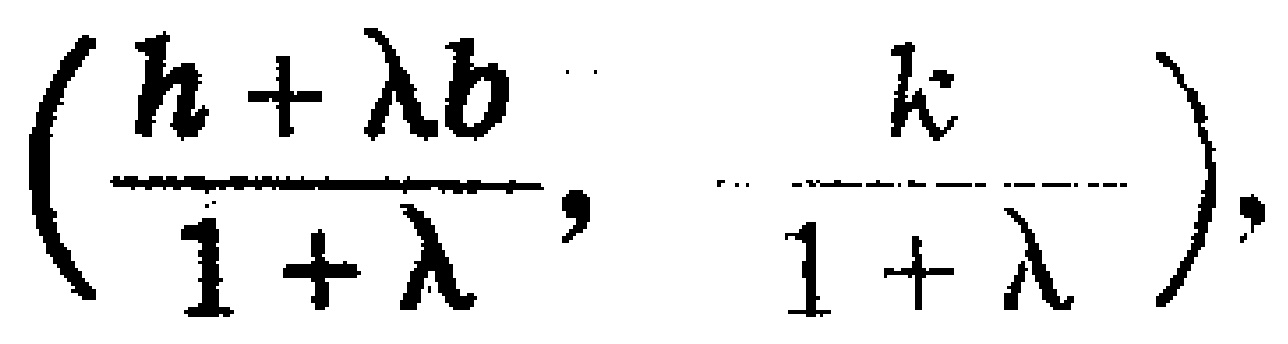
$\left(\frac{h + \lambda b}{1 + \lambda}, \frac{k}{1 + \lambda}\right)$